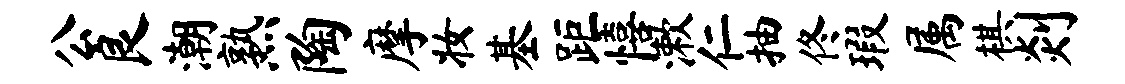
公良潮熟陶摩妆基距僖漱仁抽佟瑕属棋剡